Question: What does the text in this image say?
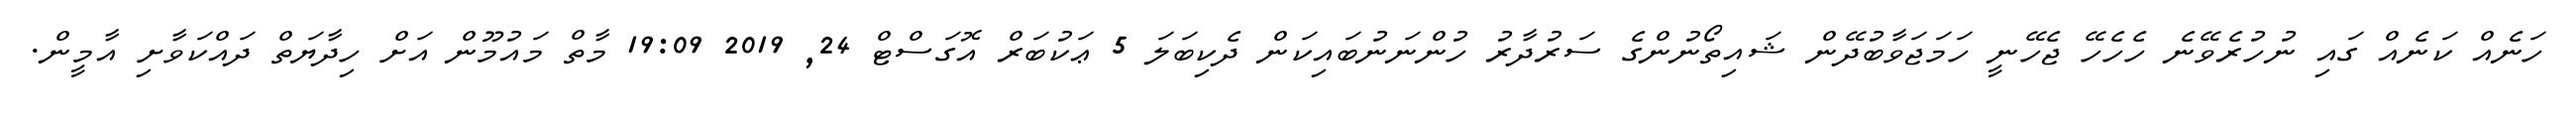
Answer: ހަނެއް ކަނެއް ގައި ނުހުރެވޭނެ ހެހެހޭ ޖެހޭނީ ހަމަޖަވާބުދޭން ޝައިތޯނުންގެ ސަރުދާރު ހުންނަނުބައިކަން ދެކިބަލަ 5 ޢަކުބަރް އޮގަސްޓް 24, 2019 19:09 މާތް މައުމޫން އަށް ހިދާޔަތް ދައްކަވާށި އާމީން.